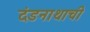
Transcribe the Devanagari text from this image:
दंडनाथाची